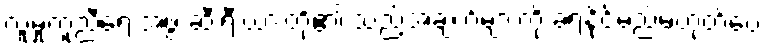
လူမှုကူညီရေးအဖွဲ့ ဆီးရီးယားတို့၏ သည့်အချက်များကို ခံရနိုင်မည်မဟုတ်ပေ